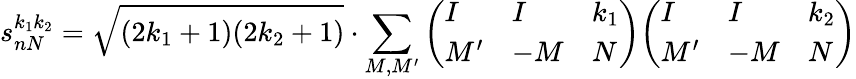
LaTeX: s_{nN}^{k_{1}k_{2}}={\sqrt{(2k_{1}+1)(2k_{2}+1)}}\cdot\sum_{M,M^{\prime}}{\left(\begin{array}{lll}{I}&{I}&{k_{1}}\\ {M^{\prime}}&{-M}&{N}\end{array}\right)}{\left(\begin{array}{lll}{I}&{I}&{k_{2}}\\ {M^{\prime}}&{-M}&{N}\end{array}\right)}